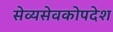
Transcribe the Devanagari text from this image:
सेव्यसेवकोपदेश